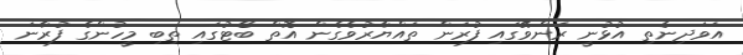
އަވަދިނެތި އުޅުނީ ރަންވޭގައި ފުރަން ތައްޔާރުވެގެން އޮތް ބޯޓުގައި ތިބި މީހުންގެ ފުރާނަ